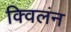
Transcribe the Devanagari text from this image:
क्विलंन